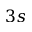
3 s